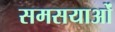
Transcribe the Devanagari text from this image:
समसयाओं